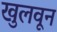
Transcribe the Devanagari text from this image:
खुलवून